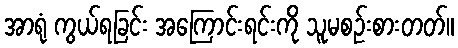
အာရုံ ကွယ်ရခြင်း အကြောင်းရင်းကို သူမစဉ်းစားတတ်။